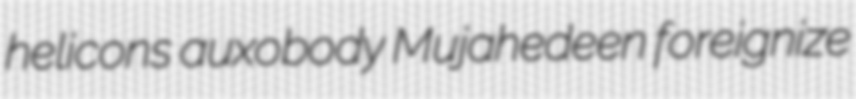
helicons auxobody Mujahedeen foreignize